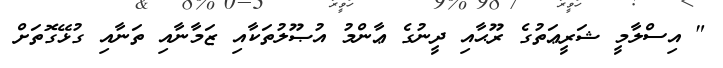
" އިސްލާމީ ޝަރީޢަތުގެ ރޫޙާއި ދީނުގެ ޢާންމު އުޞޫލުތަކާއި ޒަމާނާއި ތަނާއި ގުޅޭގޮތަށް